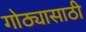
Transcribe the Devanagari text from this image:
गोठ्यासाठी